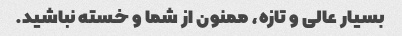
بسیار عالی و تازه، ممنون از شما و خسته نباشید.